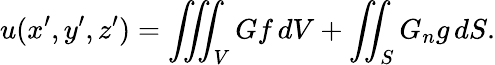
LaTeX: u(x^{\prime},y^{\prime},z^{\prime})=\iiint_{V}Gf\, dV+\iint_{S}G_{n}g\, dS.